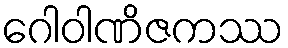
ဂေါဝါဏိဇကဿ